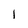
Character: l